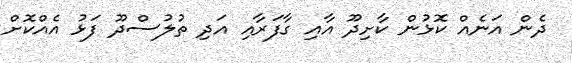
ދެން އަނެއް ކޮޅުން ކާށިދޫ އާއި ގާފަރާއި އަދި ތުލުސްދޫ ފަޅު އެއްކޮށް